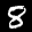
Label: 8